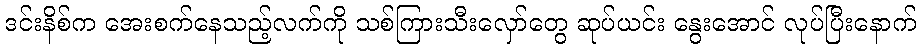
ဒင်းနိစ်က အေးစက်နေသည့်လက်ကို သစ်ကြားသီးလှော်တွေ ဆုပ်ယင်း နွေးအောင် လုပ်ပြီးနောက်